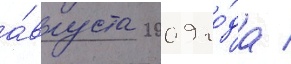
а́вгуста 2009 го́да /